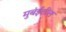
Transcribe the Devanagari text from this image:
मुबंईतील